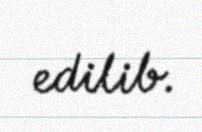
edilib.